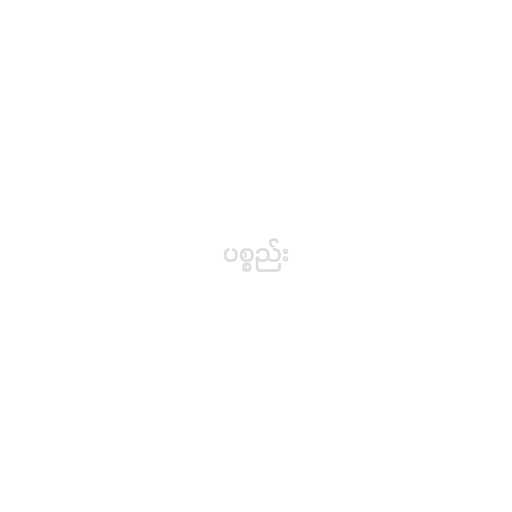
ပစ္စည်း